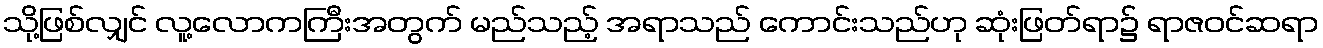
သို့ဖြစ်လျှင် လူ့လောကကြီးအတွက် မည်သည့် အရာသည် ကောင်းသည်ဟု ဆုံးဖြတ်ရာ၌ ရာဇဝင်ဆရာ